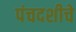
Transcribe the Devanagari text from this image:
पंचदशीचे